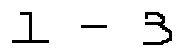
1 - 3